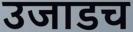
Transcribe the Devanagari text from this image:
उजाडच